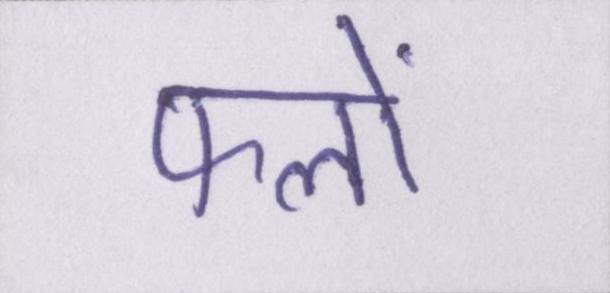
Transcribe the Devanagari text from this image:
फलों